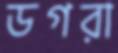
ডগরা